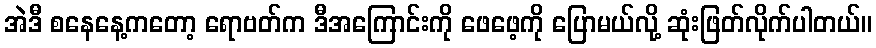
အဲဒီ စနေနေ့ကတော့ ရောဗတ်က ဒီအကြောင်းကို ဖေဖေ့ကို ပြောမယ်လို့ ဆုံးဖြတ်လိုက်ပါတယ်။